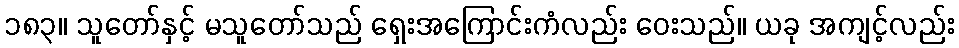
၁၈၃။ သူတော်နှင့် မသူတော်သည် ရှေးအကြောင်းကံလည်း ဝေးသည်။ ယခု အကျင့်လည်း